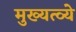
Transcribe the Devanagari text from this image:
मुख्यत्व्ये